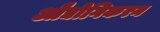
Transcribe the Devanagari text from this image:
औद्योगिकरन